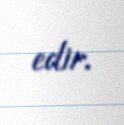
edir.